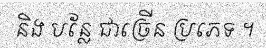
និង បន្លែ ជាច្រើន ប្រភេទ ។